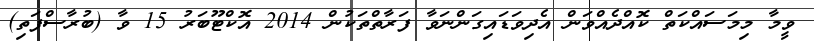
ވީމާ މިމަސައްކަތް ކޮއްދެއްވަން އެދިވަޑައިގަންނަވާ ފަރާތްތަކުން 2014 އޮކްޓޫބަރު 15 ވާ (ބުރާސްފަތި)